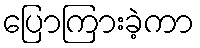
ပြောကြားခဲ့ကာ